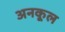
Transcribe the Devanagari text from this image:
अनकूल